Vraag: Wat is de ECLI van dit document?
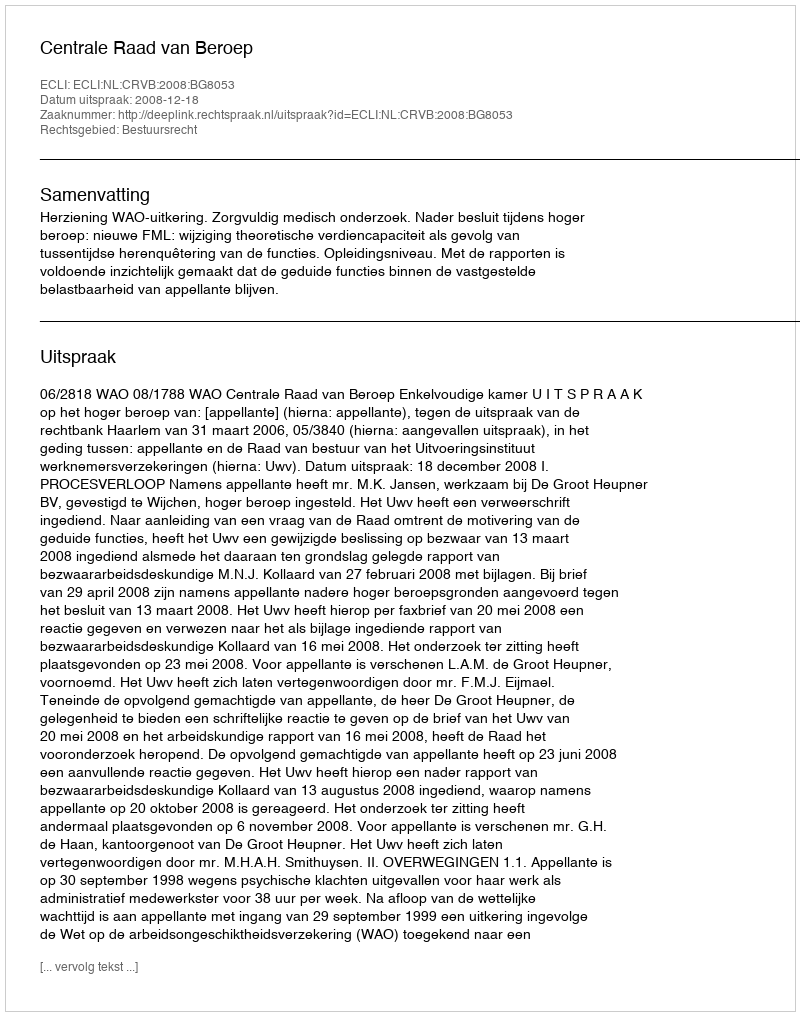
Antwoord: ECLI:NL:CRVB:2008:BG8053